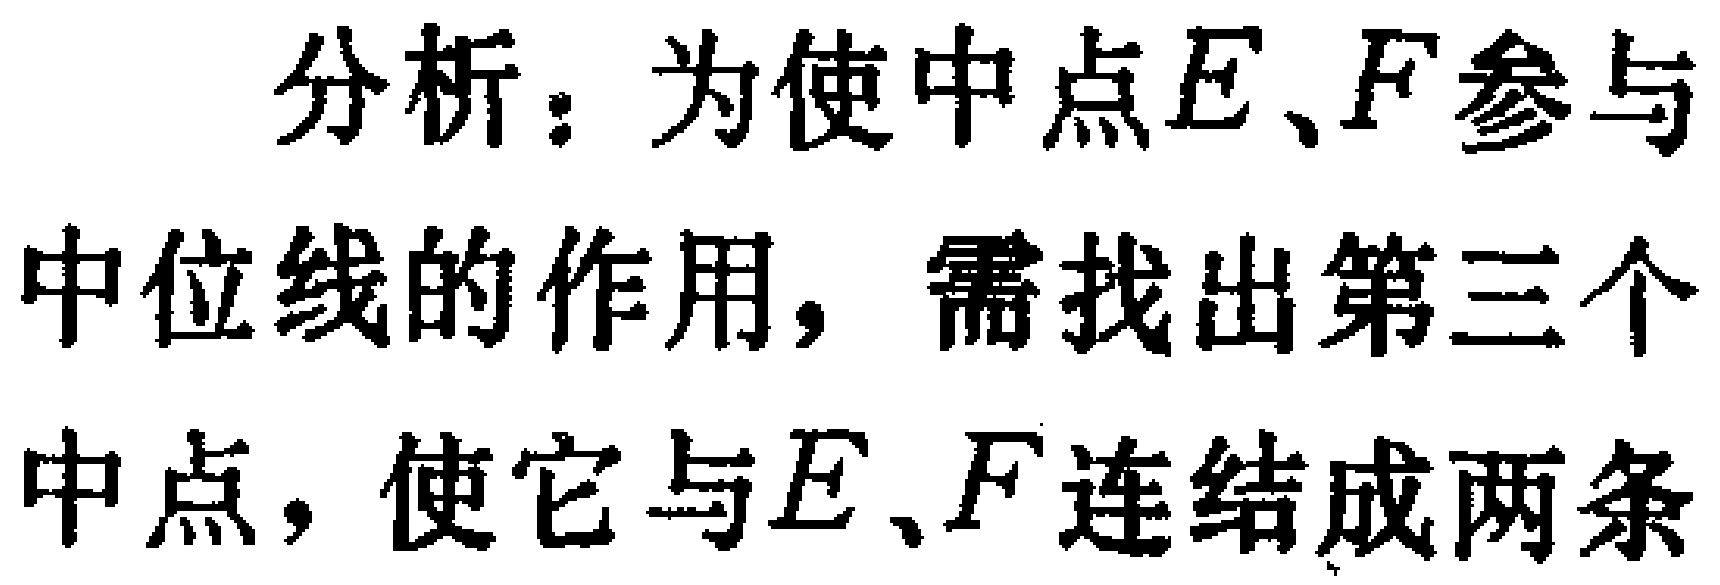
分析：为使中点\(E、F\)参与中位线的作用，需找出第三个中点，使它与\(E、F\)连结成两条